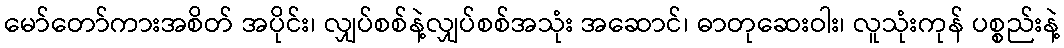
မော်တော်ကားအစိတ် အပိုင်း၊ လျှပ်စစ်နဲ့လျှပ်စစ်အသုံး အဆောင်၊ ဓာတုဆေးဝါး၊ လူသုံးကုန် ပစ္စည်းနဲ့